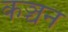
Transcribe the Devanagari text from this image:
कञ्चन